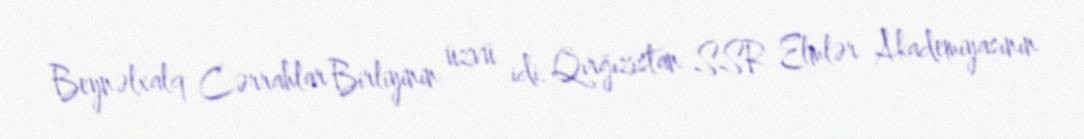
Beynəlxalq Cərrahlar Birliyinin üzvü idi. Qırğızıstan SSR Elmlər Akademiyasının